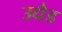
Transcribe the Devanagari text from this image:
उधेड